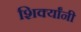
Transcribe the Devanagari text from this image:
शिर्क्यांनी